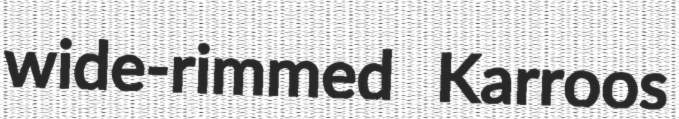
wide-rimmed Karroos